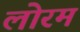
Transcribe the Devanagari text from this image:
लोरम